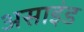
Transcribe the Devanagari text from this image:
असाइंड